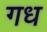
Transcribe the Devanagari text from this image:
गध